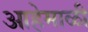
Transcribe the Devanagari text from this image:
आहेमाळी